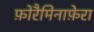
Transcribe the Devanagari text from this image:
फ़ोरैमिनाफ़ेरा